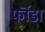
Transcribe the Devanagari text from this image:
फॊंडा